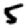
Digit: 5